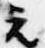
元